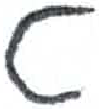
אות: ט